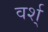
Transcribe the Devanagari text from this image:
वर्श्